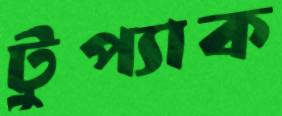
টুপ্যাক